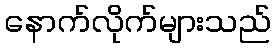
နောက်လိုက်များသည်